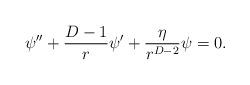
LaTeX: \begin{align*}\psi^{\prime\prime}+\frac{D-1}{r}\psi^\prime+\frac{\eta}{r^{D-2}}\psi=0.\end{align*}